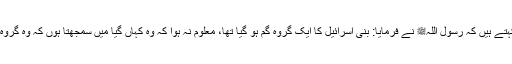
1504: سیدنا ابو ہریرہؓ کہتے ہیں کہ رسول اللہﷺ نے فرمایا: بنی اسرائیل کا ایک گروہ گم ہو گیا تھا، معلوم نہ ہوا کہ وہ کہاں گیا میں سمجھتا ہوں کہ وہ گروہ چوہے ہیں (مسخ ہو کر)۔